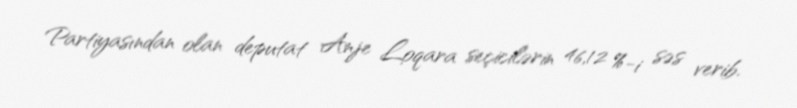
Partiyasından olan deputat Anje Loqara seçicilərin 46,12 %-i səs verib.